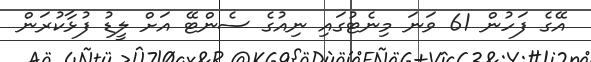
އޭގެ ފަހުން 61 ވަނަ މިނެޓުގައި ނިއުގެ ސެންޓޭ އަށް ލީޑު ފުޅާކުރަން